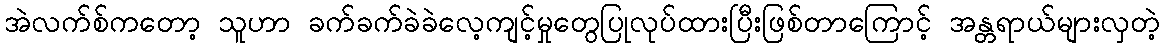
အဲလက်စ်ကတော့ သူဟာ ခက်ခက်ခဲခဲလေ့ကျင့်မှုတွေပြုလုပ်ထားပြီးဖြစ်တာကြောင့် အန္တရာယ်များလှတဲ့